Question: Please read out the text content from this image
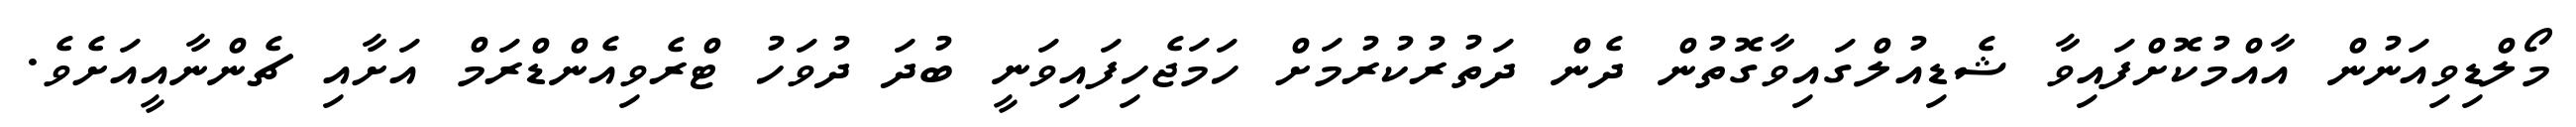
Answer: މޯލްޑިވިއަނުން އާއްމުކޮށްފައިވާ ޝެޑިއުލްގައިވާގޮތުން ދެން ދަތުރުކުރުމަށް ހަމަޖެހިފައިވަނީ ބުދަ ދުވަހު ޓްރެވިއެންޑްރަމް އަށާއި ޗެންނާއީއަށެވެ.